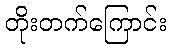
တိုးတက်ကြောင်း